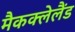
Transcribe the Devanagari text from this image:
मैकक्लेलैंड